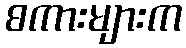
စကားများက